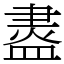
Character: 䀆